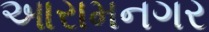
આરામનગર